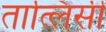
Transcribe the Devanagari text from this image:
तात्लिसी